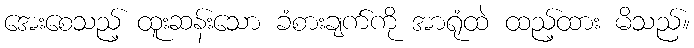
အေးစေသည့် ထူးဆန်းသော ခံစားချက်ကို အာရုံထဲ ထည့်ထား မိသည်။